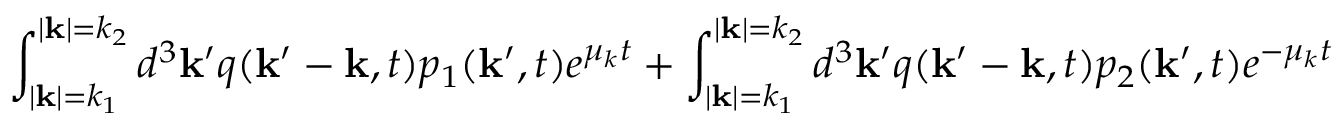
\int _ { | { \bf k } | = k _ { 1 } } ^ { | { \bf k } | = k _ { 2 } } d ^ { 3 } { \bf k ^ { \prime } } q ( { \bf k ^ { \prime } - k } , t ) p _ { 1 } ( { \bf k ^ { \prime } } , t ) e ^ { \mu _ { k } t } + \int _ { | { \bf k } | = k _ { 1 } } ^ { | { \bf k } | = k _ { 2 } } d ^ { 3 } { \bf k ^ { \prime } } q ( { \bf k ^ { \prime } - k } , t ) p _ { 2 } ( { \bf k ^ { \prime } } , t ) e ^ { - \mu _ { k } t }